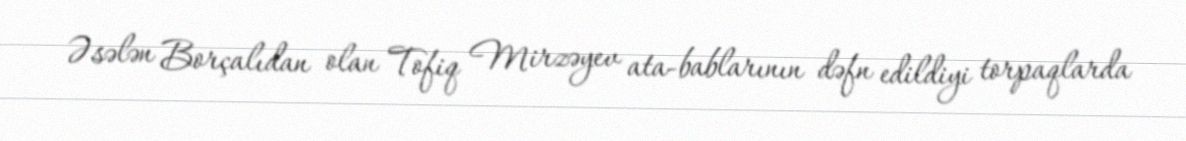
Əsələn Borçalıdan olan Tofiq Mirzəyev ata-bablarının dəfn edildiyi torpaqlarda